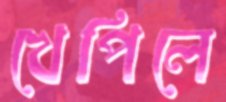
খেপিলে